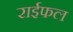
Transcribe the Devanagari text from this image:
राईफल